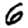
Digit: 6